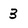
Character: 3